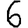
Digit: 6